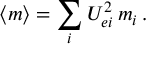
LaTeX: \langle { m } \rangle = \sum _ { i } U _ { e i } ^ { 2 } \, m _ { i } \, .